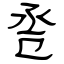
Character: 卺